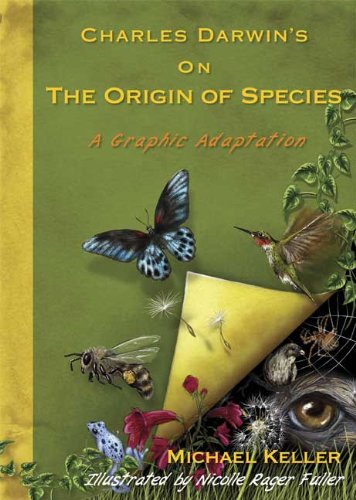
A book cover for Charles Darwin's On the Origin of Species: A Graphic Adaptation; Michael Keller; Comics & Graphic Novels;